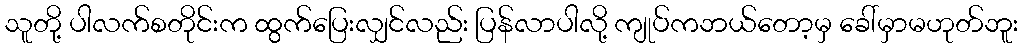
သူတို့ ပါလက်စတိုင်းက ထွက်ပြေးလျှင်လည်း ပြန်လာပါလို့ ကျုပ်ကဘယ်တော့မှ ခေါ်မှာမဟုတ်ဘူး